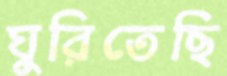
ঘুরিতেছি